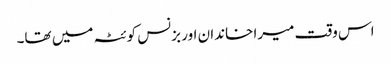
اس وقت میرا خاندان اور بزنس کوئٹہ میں تھا۔